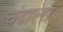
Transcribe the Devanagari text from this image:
चंदाला